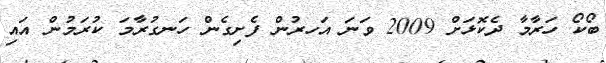
ބޯކޯ ހަރާމާ ދެކޮޅަށް 2009 ވަނަ އަހރުން ފެށިގެން ހަނގުރާމަ ކުރަމުން އައި